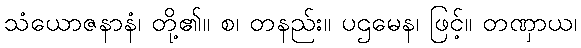
သံယောဇနာနံ၊ တို့၏။ စ၊ တနည်း။ ပဌမေန၊ ဖြင့်။ တဏှာယ၊